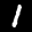
Label: 1